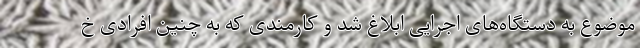
موضوع به دستگاه‌های اجرایی ابلاغ شد و کارمندی که به چنین افرادی خ